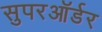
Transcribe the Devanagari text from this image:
सुपरऑर्डर